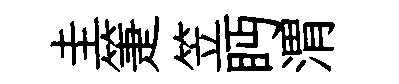
圭箑笠眄渭